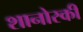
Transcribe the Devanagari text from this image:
शानोस्की